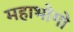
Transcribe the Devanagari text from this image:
महाभोगो